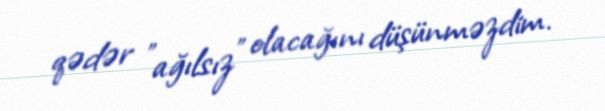
qədər "ağılsız" olacağını düşünməzdim.